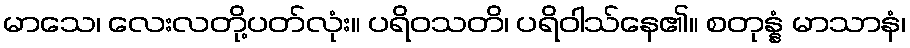
မာသေ၊ လေးလတို့ပတ်လုံး။ ပရိဝသတိ၊ ပရိဝါသ်နေ၏။ စတုန္နံ မာသာနံ၊